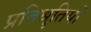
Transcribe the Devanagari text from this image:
प्रतिश्रुतियों